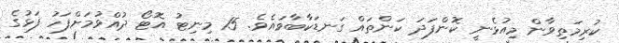
ކުރިމަތިވާން މިއުޅެނީ ކޮންފަދަ ކަންތައް ގަނޑަކާބާވައެވެ. 15 މިނިޓު އޮޓޯ ދުއްވުމަށްފަހު ފަޅުގެ